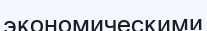
экономическими